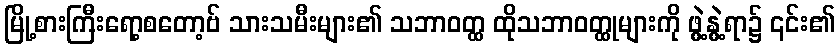
မြို့စားကြီးရော့စတော့ဗ် သားသမီးများ၏ သဘာဝတ္ထ ထိုသဘာဝတ္ထုများကို ဖွဲ့နွဲ့ရာ၌ ၎င်း၏